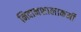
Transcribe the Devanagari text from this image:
निदानशालाकर्मी